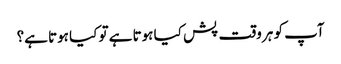
آپ کو ہر وقت پش کیا ہوتا ہے تو کیا ہوتا ہے؟